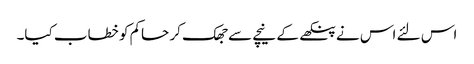
اس لئے اس نے پنکھے کے نیچے سے جھک کر حاکم کو خطاب کیا۔